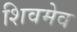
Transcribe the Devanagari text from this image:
शिवमेव